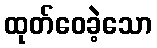
ထုတ်ဝေခဲ့သော